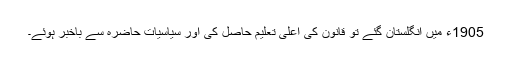
1905ء میں انگلستان گئے تو قانون کی اعلیٰ تعلیم حاصل کی اور سیاسیات حاضرہ سے باخبر ہوئے۔